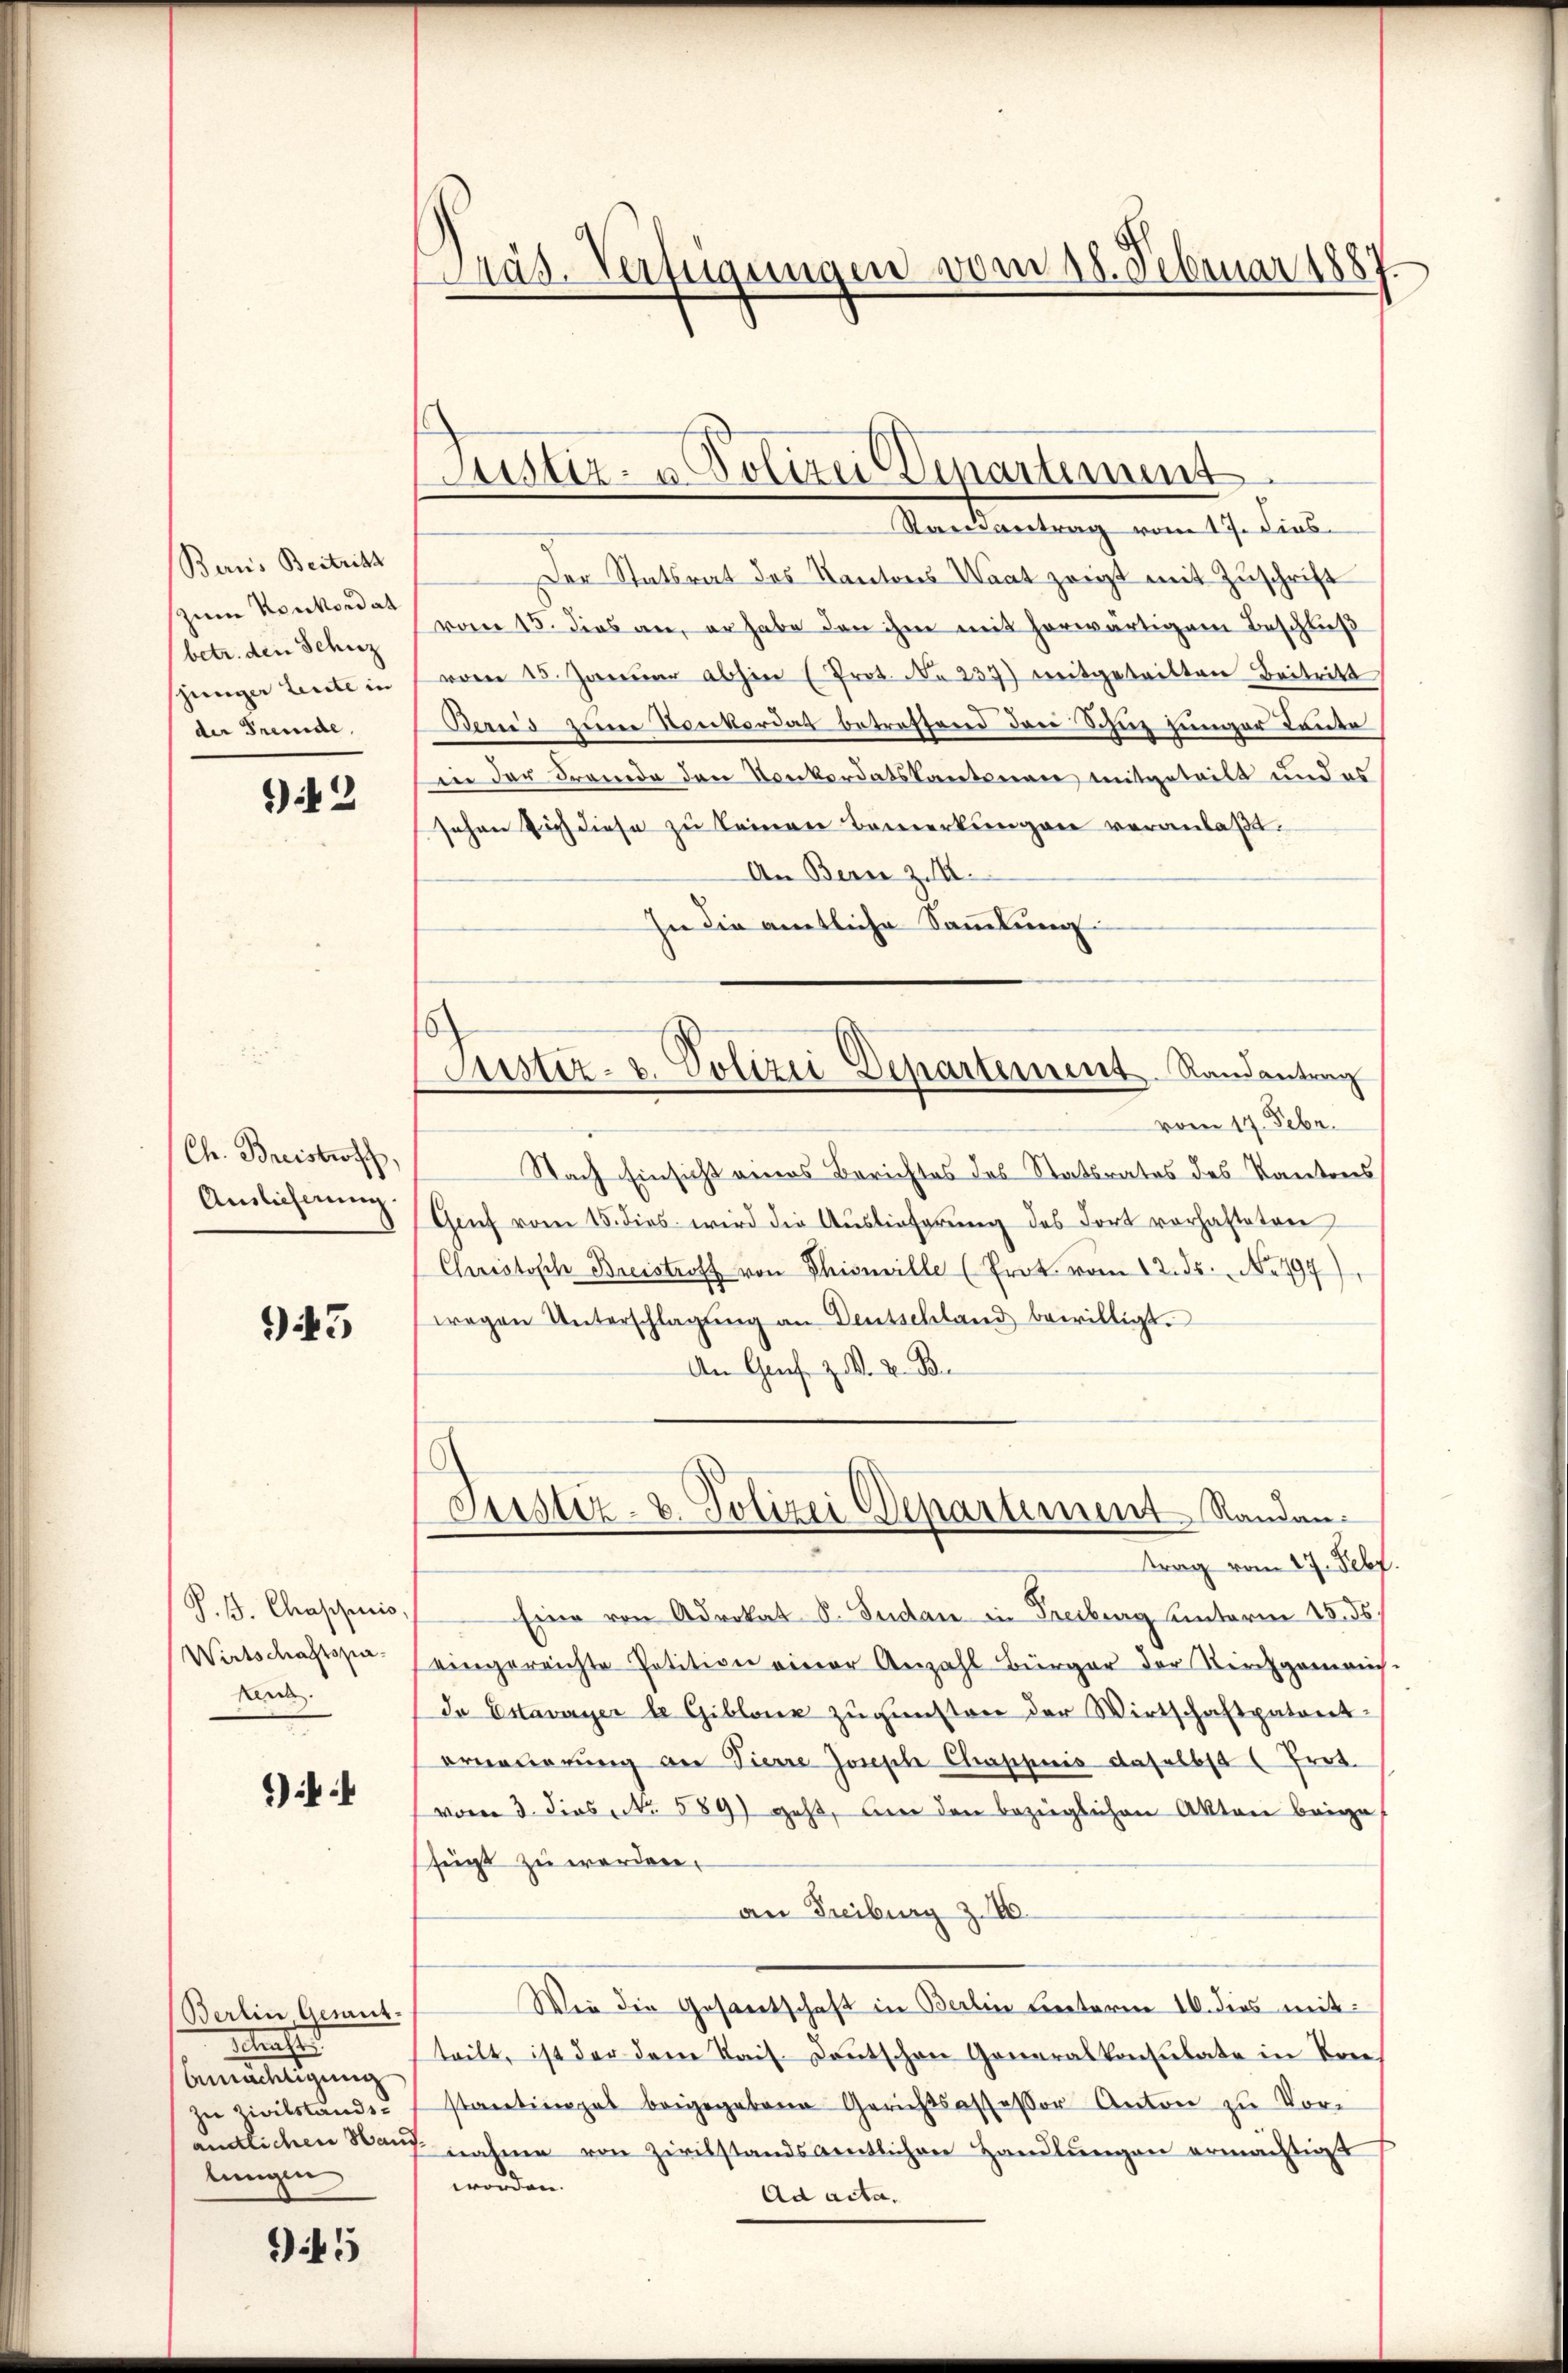
Berns Bestritt
zum Konkordat
(betr. den Schaz
junger Leute in
der Fremde.

2

Ch. Breistroff,
Auslicherung

43

P. J. Chappiris,
Wirtschaftspaker.

)

Berlin, Gewitsrathes
bemächtigung
die Zivilstandslungen

45

Präs. Verfügungen vom 18. Februar 1881

Justiz- u. Polizei Dipartement

ustiz- u. Polizei Departement Randantrag

Randantrag vom 17. Fins
Der Statsrat des Kantons Waat zeigt mit Zuschrift
vom 15. dies an, er habe den ihm mit herwärtigem Beschließ
vom 25. Januar abhin (Prot. No 237) mitgeteilten Beitritt
Bernis zum Konkordat betreffend den Schinz Jünger Kanto
in der Fremde den Konkordatskantonen mitgeteilt und es
sehen sich diese zu keinen Bemerkungen veranlaßt.
An Bern z. B.
In die amtliche Sammlung.
vom 17. Febr.
Nach Einsicht eines Berichtes das Statsrates des Kantons
Genf vom 15. dies wird die Auslieferung des dort vorhafteten
Christisch Breistroff von Phiswille (Prot. vom 12. ds. No. 794
wegen Unterschlagung an Deutschland bewilligt.
An Grafe z. K. K. B
Justiz- u. Polizei Departement Randan
trag vom 27. Febr.
Eine von Advokat S. Pudan in Freiburg hinterm 28. ds.
eingereichte Petition einer Anzahl Bürger der Kirchgemeins-
Dr Estavayer le Giblone zŭgensten der Wirtschaftspatent
erneuerung an Pierre Joseph Chappuis daselbst (Prot.
vom 3. dies No. 589) geht, an den bezüglichen Akten beige
fügt zu werden.
an Freiburg z. 160.
Wie die Gesamtschaft in Berlin Linterm 10. dies mitteilt, ist der dem Kais. Deutschen Generalkonsulate in Konstantingel beigegebene Gerichtsassessor Anton zu Vorendlichen Hand nahme von Zivilstandsamtlichen Handlungen ermächtigt
worden.
Ad acta.